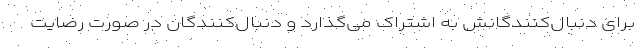
برای دنبال‌کنندگانش به اشتراک می‌گذارد و دنبال‌کنندگان در صورت رضایت